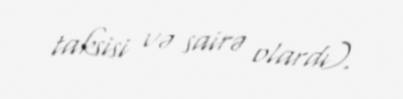
taksisi və sairə olardı).